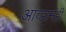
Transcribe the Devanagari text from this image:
आव्हानंही